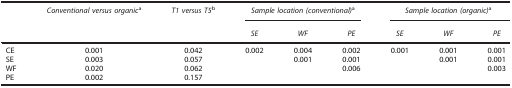
<table><thead><tr><td><b> </b></td><td><b><i>Conventional versus organic</i>a</b></td><td><b><i>T1 versus T5</i>b</b></td><td colspan="3"><b><i>Sample location (conventional)</i>a</b></td><td colspan="3"><b><i>Sample location (organic)</i>a</b></td></tr><tr><td><b> </b></td><td><b> </b></td><td><b> </b></td><td><b><i>SE</i></b></td><td><b><i>WF</i></b></td><td><b><i>PE</i></b></td><td><b><i>SE</i></b></td><td><b><i>WF</i></b></td><td><b><i>PE</i></b></td></tr></thead><tbody><tr><td>CE</td><td>0.001</td><td>0.042</td><td>0.002</td><td>0.004</td><td>0.002</td><td>0.001</td><td>0.001</td><td>0.001</td></tr><tr><td>SE</td><td>0.003</td><td>0.057</td><td> </td><td>0.001</td><td>0.001</td><td> </td><td>0.001</td><td>0.001</td></tr><tr><td>WF</td><td>0.020</td><td>0.062</td><td> </td><td> </td><td>0.006</td><td> </td><td> </td><td>0.003</td></tr><tr><td>PE</td><td>0.002</td><td>0.157</td><td> </td><td> </td><td> </td><td> </td><td> </td><td> </td></tr></tbody></table>